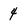
Character: 4